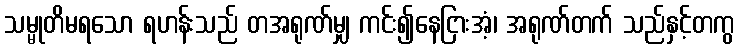
သမ္မုတိမရသော ရဟန်းသည် တအရုဏ်မျှ ကင်း၍နေငြားအံ့၊ အရုဏ်တက် သည်နှင့်တကွ